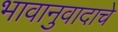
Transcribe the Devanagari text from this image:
भावानुवादाचे